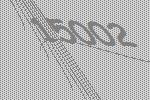
15002